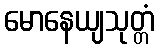
မောနေယျသုတ္တံ